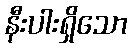
နီးပါးရှိသော